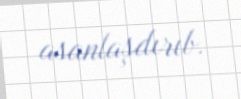
asanlaşdırıb.